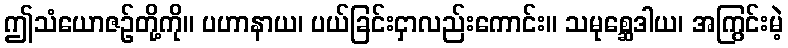
ဤသံယောဇဉ်တို့ကို။ ပဟာနာယ၊ ပယ်ခြင်းငှာလည်းကောင်း။ သမုစ္ဆေဒါယ၊ အကြွင်းမဲ့